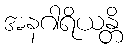
အနဂါရိယန္တိ